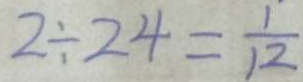
2 \div 2 4 = \frac { 1 } { 1 2 }